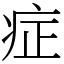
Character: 症